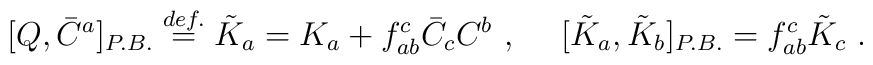
[Q,\bar{C}^a]_{P.B.}\stackrel{def.}{=}\tilde{K}_a =K_a+f_{ab}^c \bar{C}_c C^b~,~~~~[\tilde{K}_a,\tilde{K}_b]_{P.B.}=f_{ab}^c \tilde{K}_c~.